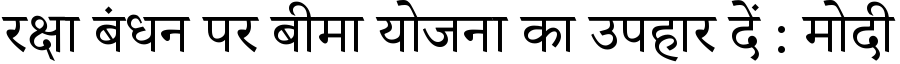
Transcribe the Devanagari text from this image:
रक्षा बंधन पर बीमा योजना का उपहार दें : मोदी